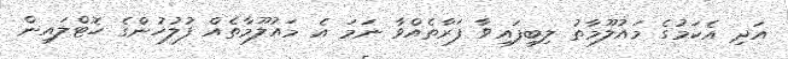
އަދި އެކަމުގެ މައުލޫމާތު ލިބިފައިވާ ފަރާތެއްވާ ނަމަ އެ މައުލޫމާތެއް ފުލުހުންގެ ހޮޓްލައިން